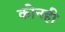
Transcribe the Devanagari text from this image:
कोनही